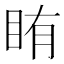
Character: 𬑐